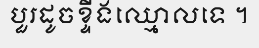
បួរដូចខ្ទីងឈ្មោលទេ ។